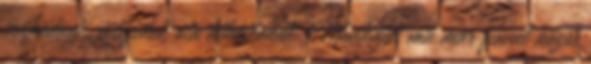
mûködnek, évtizedek óta hibátlanul. Munkáját ma már fiával közös